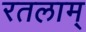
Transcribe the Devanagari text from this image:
रतलाम्